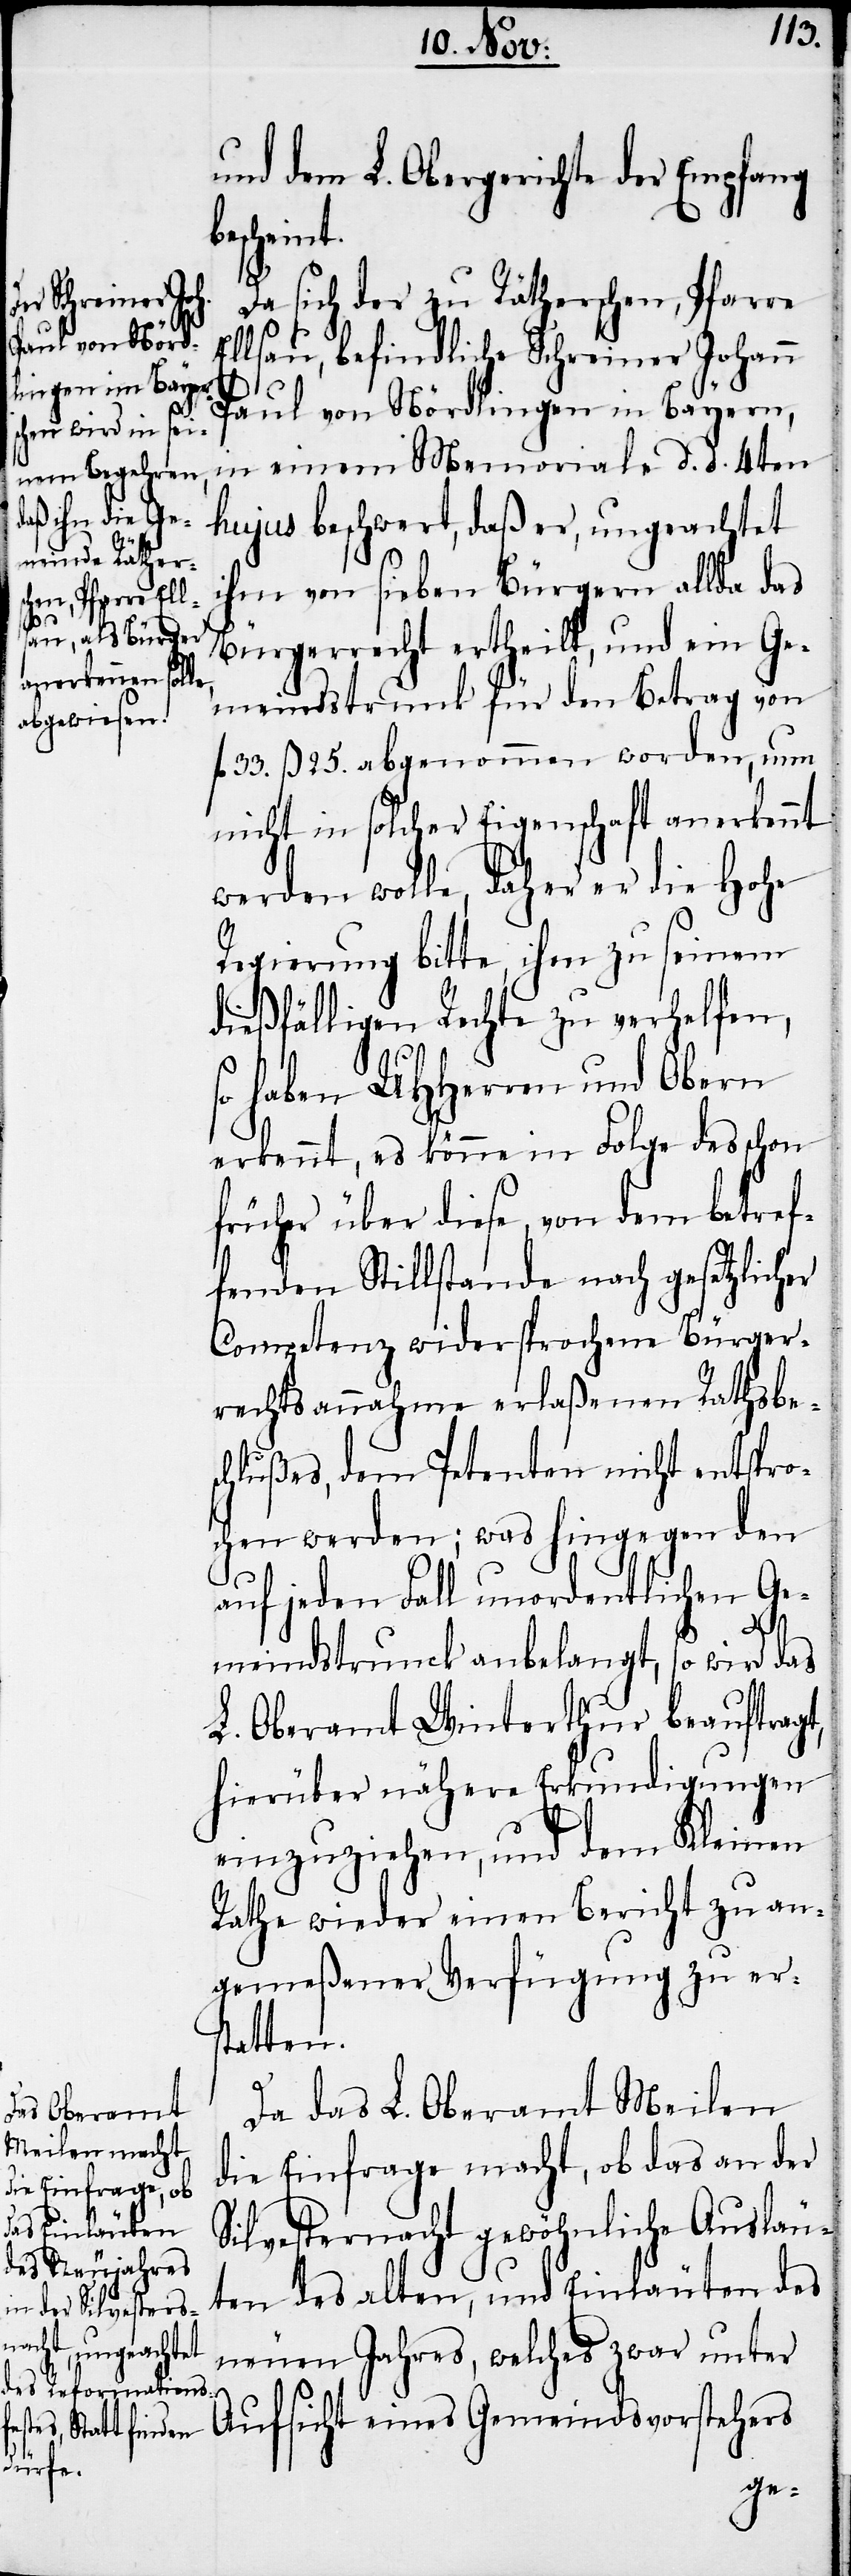
und dem L. Obergerichte der Empfang
bescheint.
Da sich der zu Rätherschen, Pfarre
Ellsau, befindliche Schreiner Johann
Paul von Nördlingen in Bayern,
in einem Memoriale d. d. 4ten
hujus beschwert, daß er, ungeachtet
ihm von sieben Bürgern allda das
Bürgerrecht ertheilt, und ein Ge¬
meindstrunk für den Betrag von
fl 33. ß 25. abgenommen worden, nun
nicht in solcher Eigenschaft anerkennt
werden wolle, daher er die Hohe
Regierung bitte, ihm zu seinem
dießfälligen Rechte zu verhelfen,
so haben UHHerren und Obern
erkennt, es könne in Folge des schon
früher über diese, von dem betref¬
fenden Stillstande nach gesetzlicher
Competenz widersprochene Bürger¬
rechtsannahme erlaßenen Rathsbes¬
chlußes, dem Petenten nicht entspro¬
chen werden; was hingegen den
auf jeden Fall unordentlichen Ge¬
meindstrunck anbelangt, so wird das
L. Oberamt Winterthur beauftragt,
hierüber nähere Erkundigungen
einzuziehen, und dem Kleinen
Rathe wieder einen Bericht zu an¬
gemeßener Verfügung zu ers¬
tatten.
Da das L. Oberamt Meilen
die Einfrage macht, ob das an der
Silvesternacht gewöhnliche Ausläu¬
ten des alten, und Einläuten des
neuen Jahres, welches zwar unter
Aufsicht eines Gemeindsvorstehers